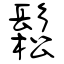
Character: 鬆